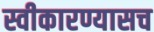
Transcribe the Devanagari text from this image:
स्वीकारण्यासच